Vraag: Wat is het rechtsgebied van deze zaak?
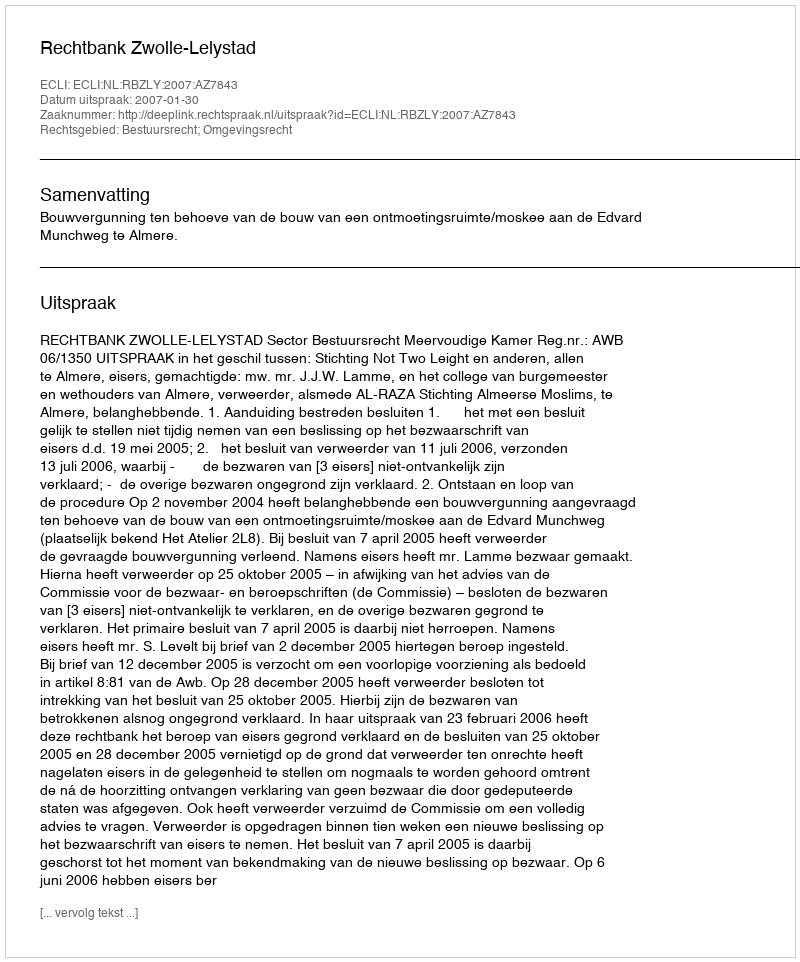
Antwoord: Bestuursrecht; Omgevingsrecht